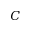
C